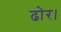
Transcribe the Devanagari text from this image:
ढोर।